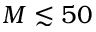
M \lesssim 5 0